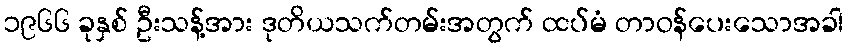
၁၉၆၆ ခုနှစ် ဦးသန့်အား ဒုတိယသက်တမ်းအတွက် ထပ်မံ တာဝန်ပေးသောအခါ